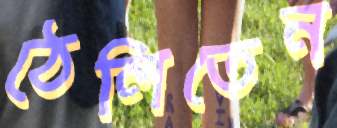
ঠেলিতেন